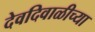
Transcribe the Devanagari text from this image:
देवदिवाळीच्या